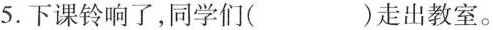
5.下课铃响了，同学们( )走出教室。